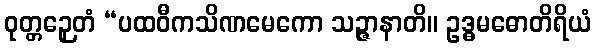
ဝုတ္တဉှေတံ “ပထဝီကသိဏမေကော သဉ္ဇာနာတိ။ ဥဒ္ဓမဓောတိရိယံ